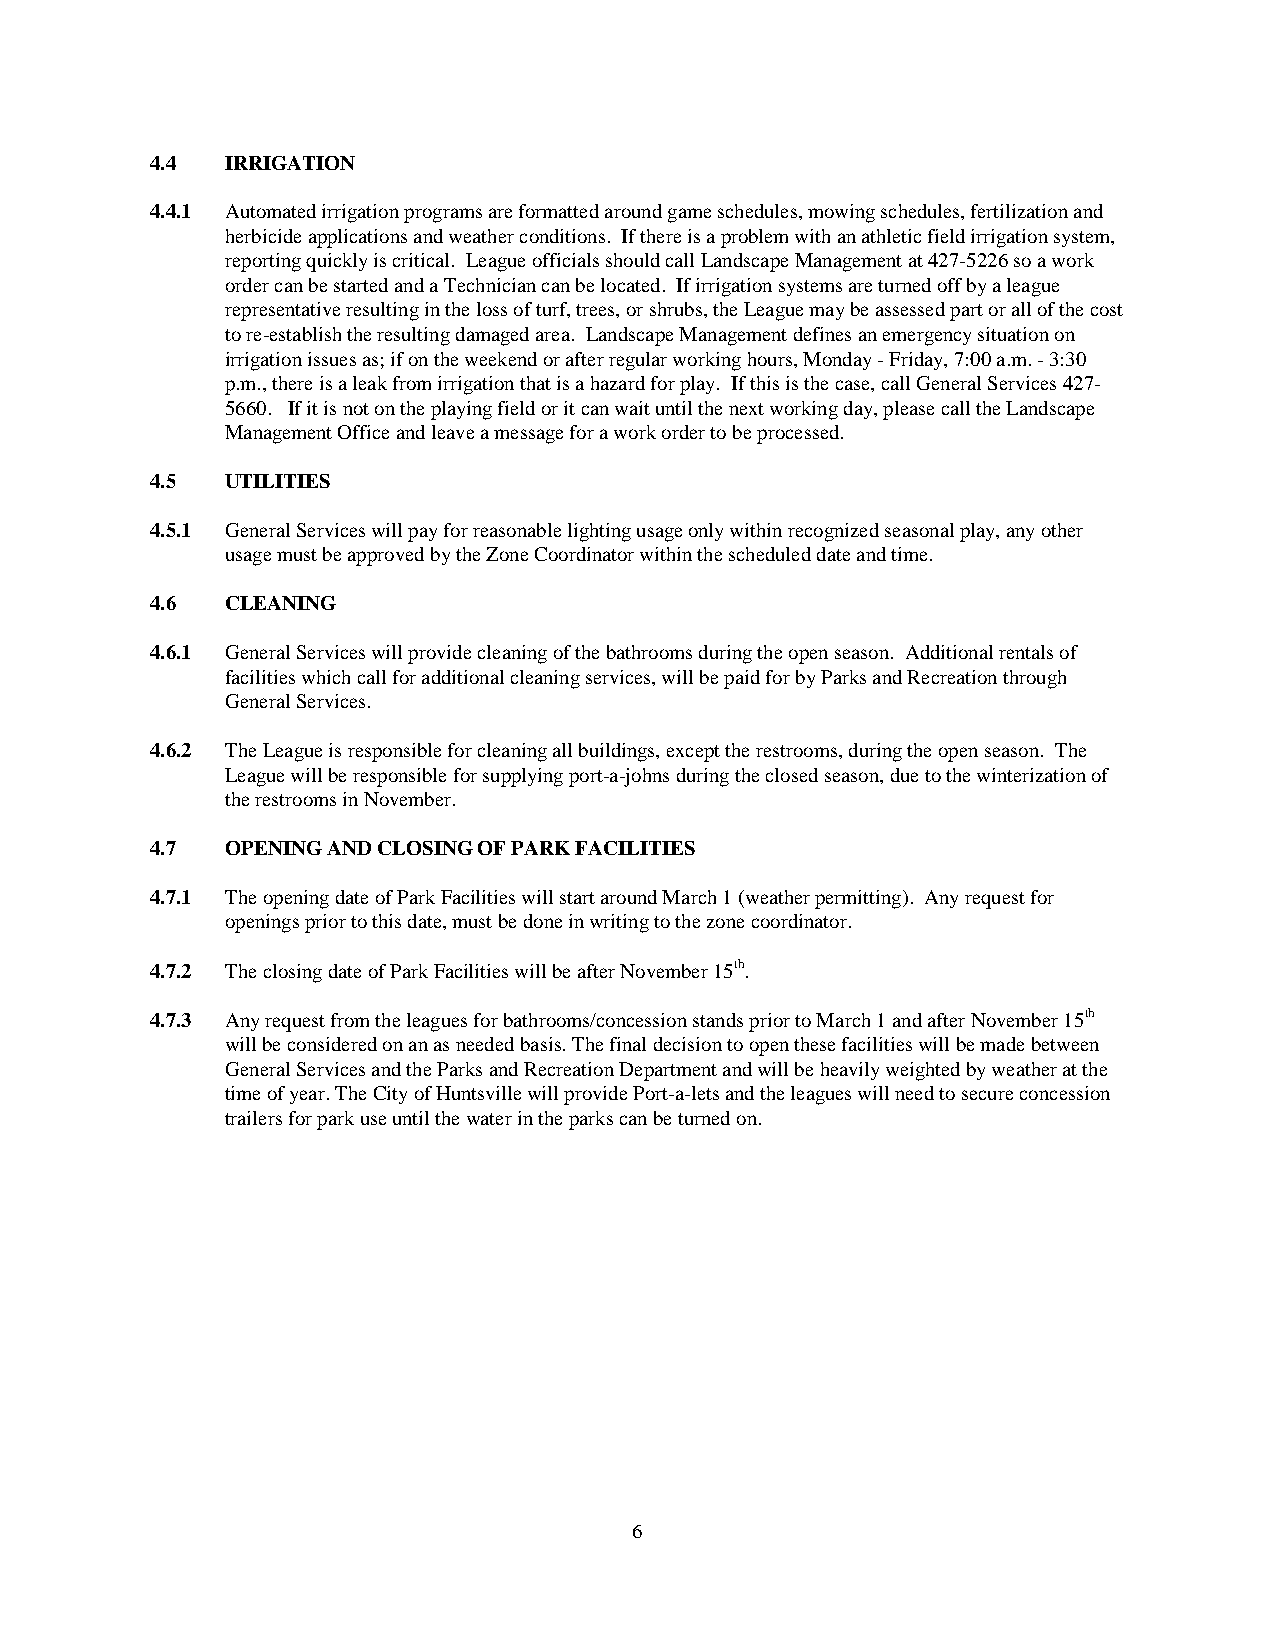
4.4  IRRIGATION
 4.4.1 Automated irrigation programs are formatted around game schedules, mowing schedules, fertilization and
 herbicide applications and weather conditions. If there is a problem with an athletic field irrigation system,
 reporting quickly is critical. League officials should call Landscape Management at 427-5226 so a work
 order can be started and a Technician can be located. If irrigation systems are turned off by a league
 representative resulting in the loss of turf, trees, or shrubs, the League may be assessed part or all of the cost
 to re-establish the resulting damaged area. Landscape Management defines an emergency situation on
 irrigation issues as; if on the weekend or after regular working hours, Monday - Friday, 7:00 a.m. - 3:30
 p.m., there is a leak from irrigation that is a hazard for play. If this is the case, call General Services 427-
 5660. If it is not on the playing field or it can wait until the next working day, please call the Landscape
 Management Office and leave a message for a work order to be processed.
 4.5  UTILITIES
 4.5.1 General Services will pay for reasonable lighting usage only within recognized seasonal play, any other
 usage must be approved by the Zone Coordinator within the scheduled date and time.
 4.6  CLEANING
 4.6.1 General Services will provide cleaning of the bathrooms during the open season. Additional rentals of
 facilities which call for additional cleaning services, will be paid for by Parks and Recreation through
 General Services.
 4.6.2 The League is responsible for cleaning all buildings, except the restrooms, during the open season. The
 League will be responsible for supplying port-a-johns during the closed season, due to the winterization of
 the restrooms in November.
 4.7  OPENING AND CLOSING OF PARK FACILITIES
 4.7.1 The opening date of Park Facilities will start around March 1 (weather permitting). Any request for
 openings prior to this date, must be done in writing to the zone coordinator.
 4.7.2 The closing date of Park Facilities will be after November 15th.
 4.7.3 Any request from the leagues for bathrooms/concession stands prior to March 1 and after November 15th
 will be considered on an as needed basis. The final decision to open these facilities will be made between
 General Services and the Parks and Recreation Department and will be heavily weighted by weather at the
 time of year. The City of Huntsville will provide Port-a-lets and the leagues will need to secure concession
 trailers for park use until the water in the parks can be turned on.
 6